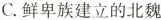
C.鲜卑族建立的北魏